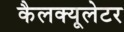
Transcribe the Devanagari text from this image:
कैलक्यूलेटर